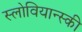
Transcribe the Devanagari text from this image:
स्लोवियान्स्की